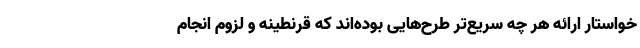
خواستار ارائه هر چه سریع‌تر طرح‌هایی بوده‌اند که قرنطینه و لزوم انجام